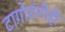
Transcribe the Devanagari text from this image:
टागोरांनीही